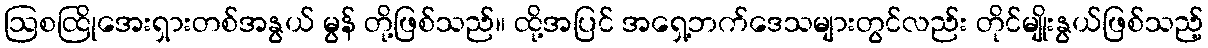
ဩစထြိုအေးရှားတစ်အနွယ် မွန် တို့ဖြစ်သည်။ ထို့အပြင် အရှေ့ဘက်ဒေသများတွင်လည်း တိုင်မျိုးနွယ်ဖြစ်သည့်